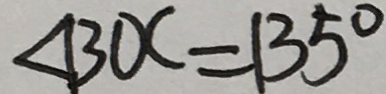
\angle B O C = 1 3 5 ^ { \circ }